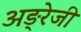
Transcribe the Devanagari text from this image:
अङ्रेजी